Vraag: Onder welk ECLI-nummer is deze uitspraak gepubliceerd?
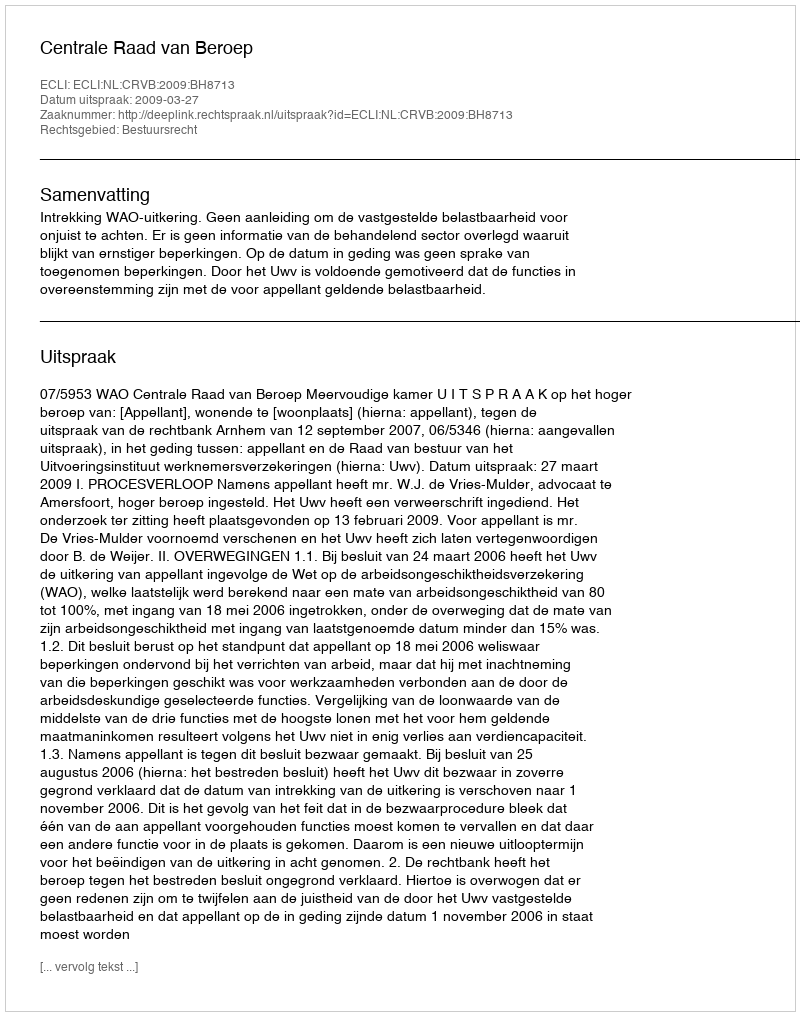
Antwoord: ECLI:NL:CRVB:2009:BH8713